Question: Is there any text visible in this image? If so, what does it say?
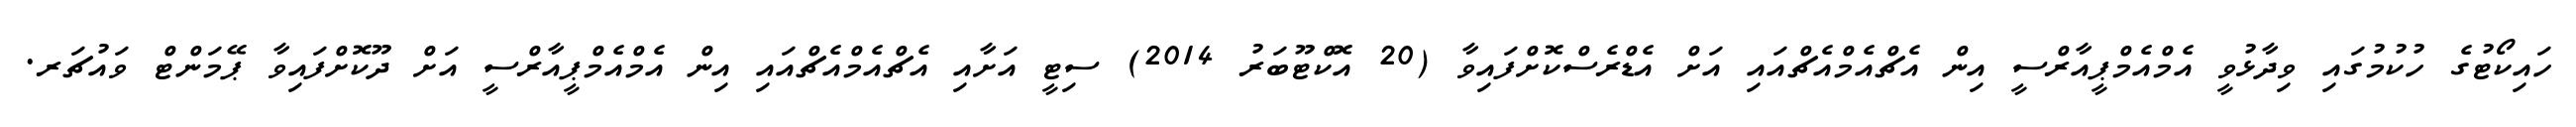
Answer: ހައިކޯޓުގެ ހުކުމުގައި ވިދާޅުވީ އެމްއެމްޕީއާރްސީ އިން އެޗްއެމްއެޗްއައި އަށް އެޑްރެސްކޮށްފައިވާ (20 އޮކްޓޫބަރު 2014) ސިޓީ އަށާއި އެޗްއެމްއެޗްއައި އިން އެމްއެމްޕީއާރްސީ އަށް ދޫކޮށްފައިވާ ޕޭމަންޓް ވައުޗަރ.